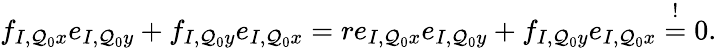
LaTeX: \begin{array}{r}{f_{I,\mathcal{Q}_{0}x}e_{I,\mathcal{Q}_{0}y}+f_{I,\mathcal{Q}_{0}y}e_{I,\mathcal{Q}_{0}x}=re_{I,\mathcal{Q}_{0}x}e_{I,\mathcal{Q}_{0}y}+f_{I,\mathcal{Q}_{0}y}e_{I,\mathcal{Q}_{0}x}\stackrel{!}{=}0.}\end{array}